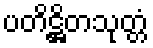
ပတိဋ္ဌိတသုတ္တံ